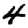
Digit: 4